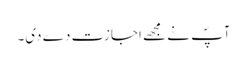
آپؐ نے مجھے اجازت دے دی۔